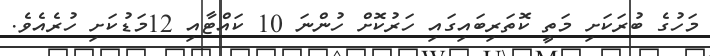
މަހުގެ ބުރަކަށި މަތީ ކޮތަރިބައިގައި ހަރުކޮށް ހުންނަ 10 ކައްޓާއި 12މަޑުކަށި ހުރެއެވެ.